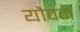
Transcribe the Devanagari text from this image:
यौवने